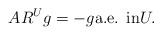
LaTeX: \begin{align*} AR^{U} g= -g \mbox{a.e. in} U. \end{align*}